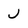
Character: J